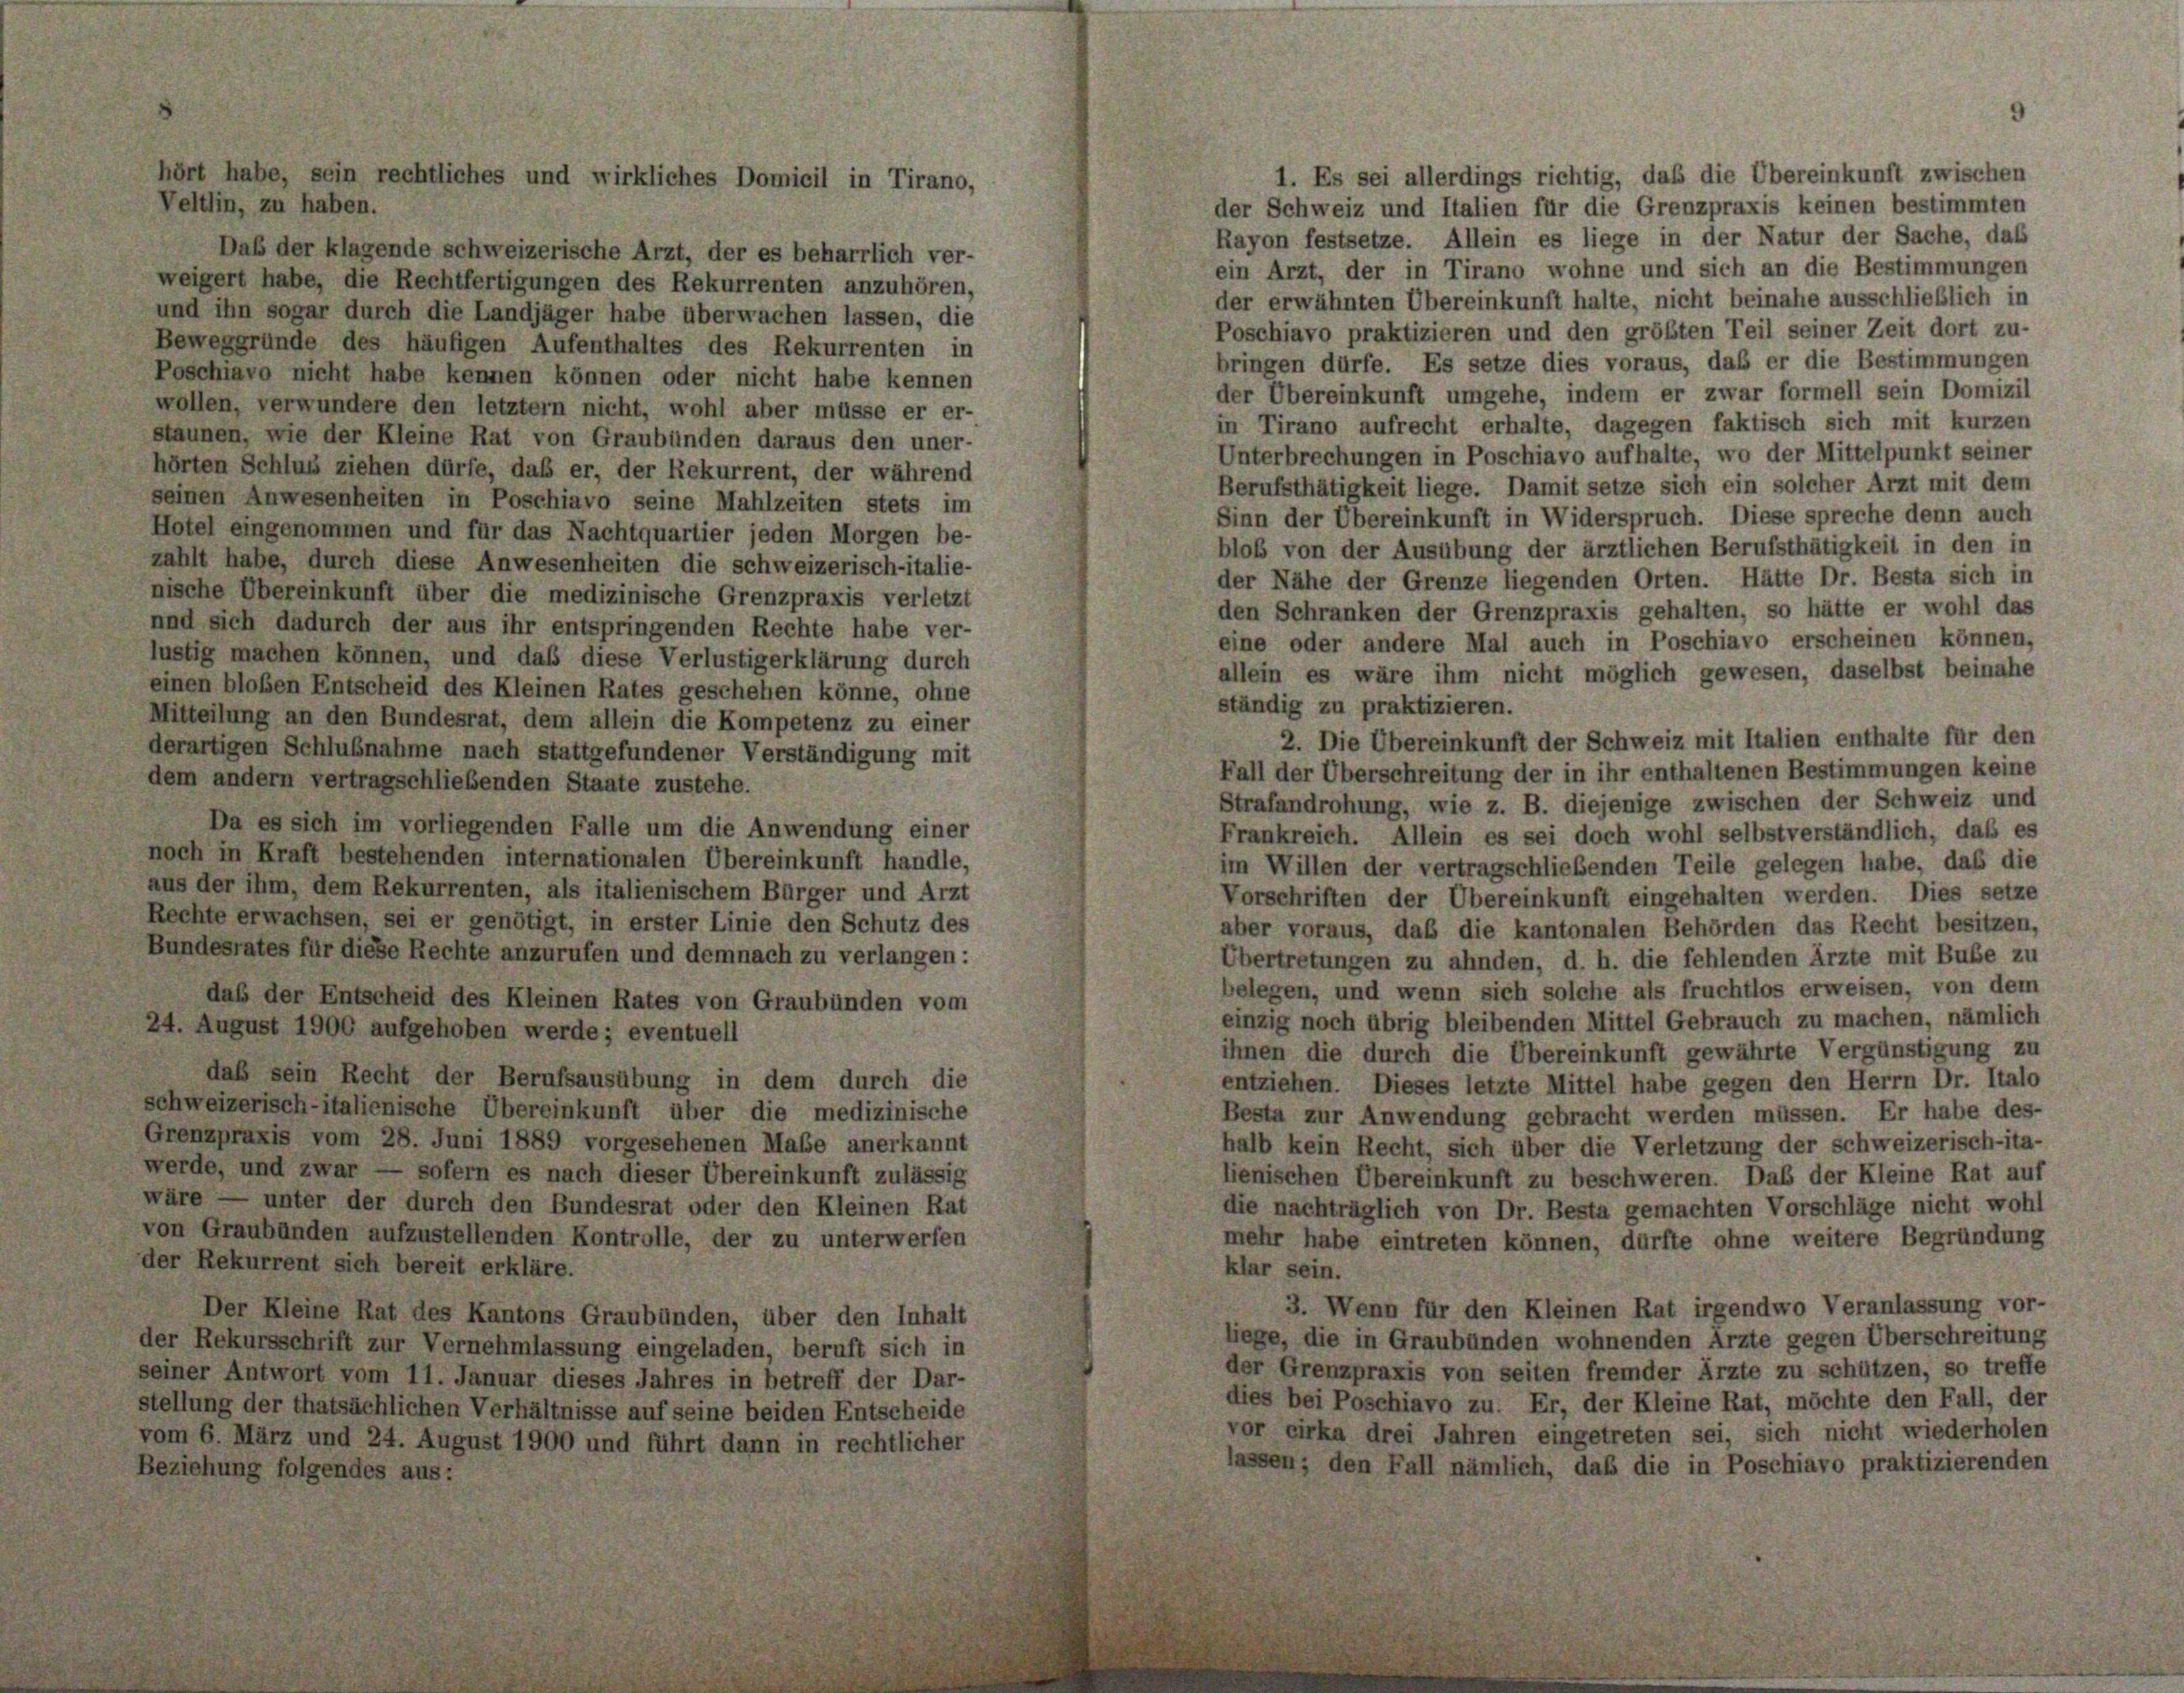
1. Es sei allerdings richtig, daß die Übereinkunft zwischen
der Schweiz und Italien für die Grenzpraxis keinen bestimmten
Rayon festsetze. Allein es liege in der Natur der Sache, das
Daß der klagende schweizerische Arzt, der es beharrlich ver-
ein Arzt, der in Tirano wohne und sich an die Bestimmungen
weigert habe, die Rechtfertigungen des Rekurrenten anzuhören,
der erwähnten Übereinkunft halte, nicht beinahe ausschließlich in
und ihn sogar durch die Landjäger habe überwachen lassen, die
Poschiavo praktizieren und den größten Teil seiner Zeit dort zu-
Beweggründe des häufigen Aufenthaltes des Rekurrenten in
bringen dürfe. Es setze dies voraus, daß er die Bestimmungen
Poschiavo nicht habe kennen können oder nicht habe kennen
der Übereinkunft umgehe, indem er zwar formell sein Domizil
wollen, verwundere den letztem nicht, wohl aber müsse er er-
in Tirano aufrecht erhalte, dagegen faktisch sich mit kurzen
staunen, wie der Kleine Rat von Graubünden daraus den uner-
Unterbrechungen in Poschiavo aufhalte, wo der Mittelpunkt seiner
hörten Schluss ziehen dürfe, daß er, der Rekurrent, der während
Berufsthätigkeit liege. Damit setze sich ein solcher Arzt mit dem
seinen Anwesenheiten in Poschiavo seine Mahlzeiten stets im
Sinn der Übereinkunft in Widerspruch. Diese spreche denn auch
Hotel eingenommen und für das Nachtquartier jeden Morgen be-
bloß von der Ausübung der ärztlichen Berufsthätigkeit in den in
zahlt habe, durch diese Anwesenheiten die schweizerisch-italie-
der Nähe der Grenze liegenden Orten. Hätte Dr. Besta sich in
nische Übereinkunft über die medizinische Grenzpraxis verletzt
den Schranken der Grenzpraxis gehalten, so hätte er wohl das
und sich dadurch der aus ihr entspringenden Rechte habe ver-
eine oder andere Mal auch in Poschiavo erscheinen können,
lustig machen können, und daß diese Verlustigerklärung durch
allein es wäre ihm nicht möglich gewesen, daselbst beinahe
einen bloßen Entscheid des Kleinen Rates geschehen könne, ohne
ständig zu praktizieren.
Mitteilung an den Bundesrat, dem allein die Kompetenz zu einer
2. Die Übereinkunft der Schweiz mit Italien enthalte für den
derartigen Schlußnahme nach stattgefundener Verständigung mit
Fall der Überschreitung der in ihr enthaltenen Bestimmungen keine
dem andern vertragschließenden Staate zustehe.
Strafandrohung, wie z. B. diejenige zwischen der Schweiz und
Da es sich im vorliegenden Falle um die Anwendung einer
Frankreich. Allein es sei doch wohl selbstverständlich, daß es
noch in Kraft bestehenden internationalen Übereinkunft handle,
im Willen der vertragschließenden Teile gelegen habe, daß die
aus der ihm, dem Rekurrenten, als italienischem Bürger und Arzt
Vorschriften der Übereinkunft eingehalten werden. Dies setze
Rechte erwachsen, sei er genötigt, in erster Linie den Schutz des
aber voraus, daß die kantonalen Behörden das Recht besitzen,
Bundesrates für diese Rechte anzurufen und demnach zu verlangen:
Übertretungen zu ahnden, d. h. die fehlenden Ärzte mit Bube zu
belegen, und wenn sich solche als fruchtlos erweisen, von dem
das der Entscheid des Kleinen Rates von Graubünden vom
einzig noch übrig bleibenden Mittel Gebrauch zu machen, nämlich
24. August 1900 aufgehoben werde; eventuell
ihnen die durch die Übereinkunft gewährte Vergünstigung zu
daß sein Recht der Berufsausübung in dem durch die
entziehen. Dieses letzte Mittel habe gegen den Herrn Dr. Italo
schweizerisch-italienische Übereinkunft über die medizinische
Besta zur Anwendung gebracht werden müssen. Er habe des-
Grenzpraxis vom 28. Juni 1889 vorgesehenen Maße anerkannt
halb kein Recht, sich über die Verletzung der schweizerisch-ita-
werde, und zwar — sofern es nach dieser Übereinkunft zulässig
lienischen Übereinkunft zu beschweren. Daß der Kleine Rat auf
wäre — unter der durch den Bundesrat oder den Kleinen Rat
die nachträglich von Dr. Besta gemachten Vorschläge nicht wohl
von Graubünden aufzustellenden Kontrolle, der zu unterwerfen
mehr habe eintreten können, dürfte ohne weitere Begründung
der Rekurrent sich bereit erkläre.
klar sein.
3. Wenn für den Kleinen Rat irgendwo Veranlassung vor-
Der Kleine Rat des Kantons Graubünden, über den Inhalt
liege, die in Graubünden wohnenden Arzte gegen Überschreitung
der Rekursschrift zur Vernehmlassung eingeladen, beruft sich in
der Grenzpraxis von seiten fremder Ärzte zu schützen, so treffe
seiner Antwort vom 11. Januar dieses Jahres in betreff der Dar-
dies bei Poschiavo zu. Er, der Kleine Rat, möchte den Fall, der
stellung der thatsächlichen Verhältnisse auf seine beiden Entscheide
vor cirka drei Jahren eingetreten sei, sich nicht wiederholen
vom 6. März und 24. August 1900 und führt dann in rechtlicher
lassen; den Fall nämlich, daß die in Poschiavo praktizierenden
Beziehung folgendes aus:

Veltlin, zu haben.

hört habe, sein rechtliches und wirkliches Domicil in Tirano,